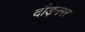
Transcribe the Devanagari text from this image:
दौड़नगर